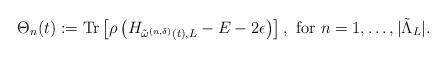
LaTeX: \begin{align*}\Theta_n(t) &:= \mathrm{Tr} \left[ \rho \left( H_{{\tilde{\omega}^{(n, \delta)}(t)},L} - E - 2 \epsilon \right) \right],\mbox{ for } n = 1, \ldots, \lvert \tilde \Lambda_L \rvert.\end{align*}